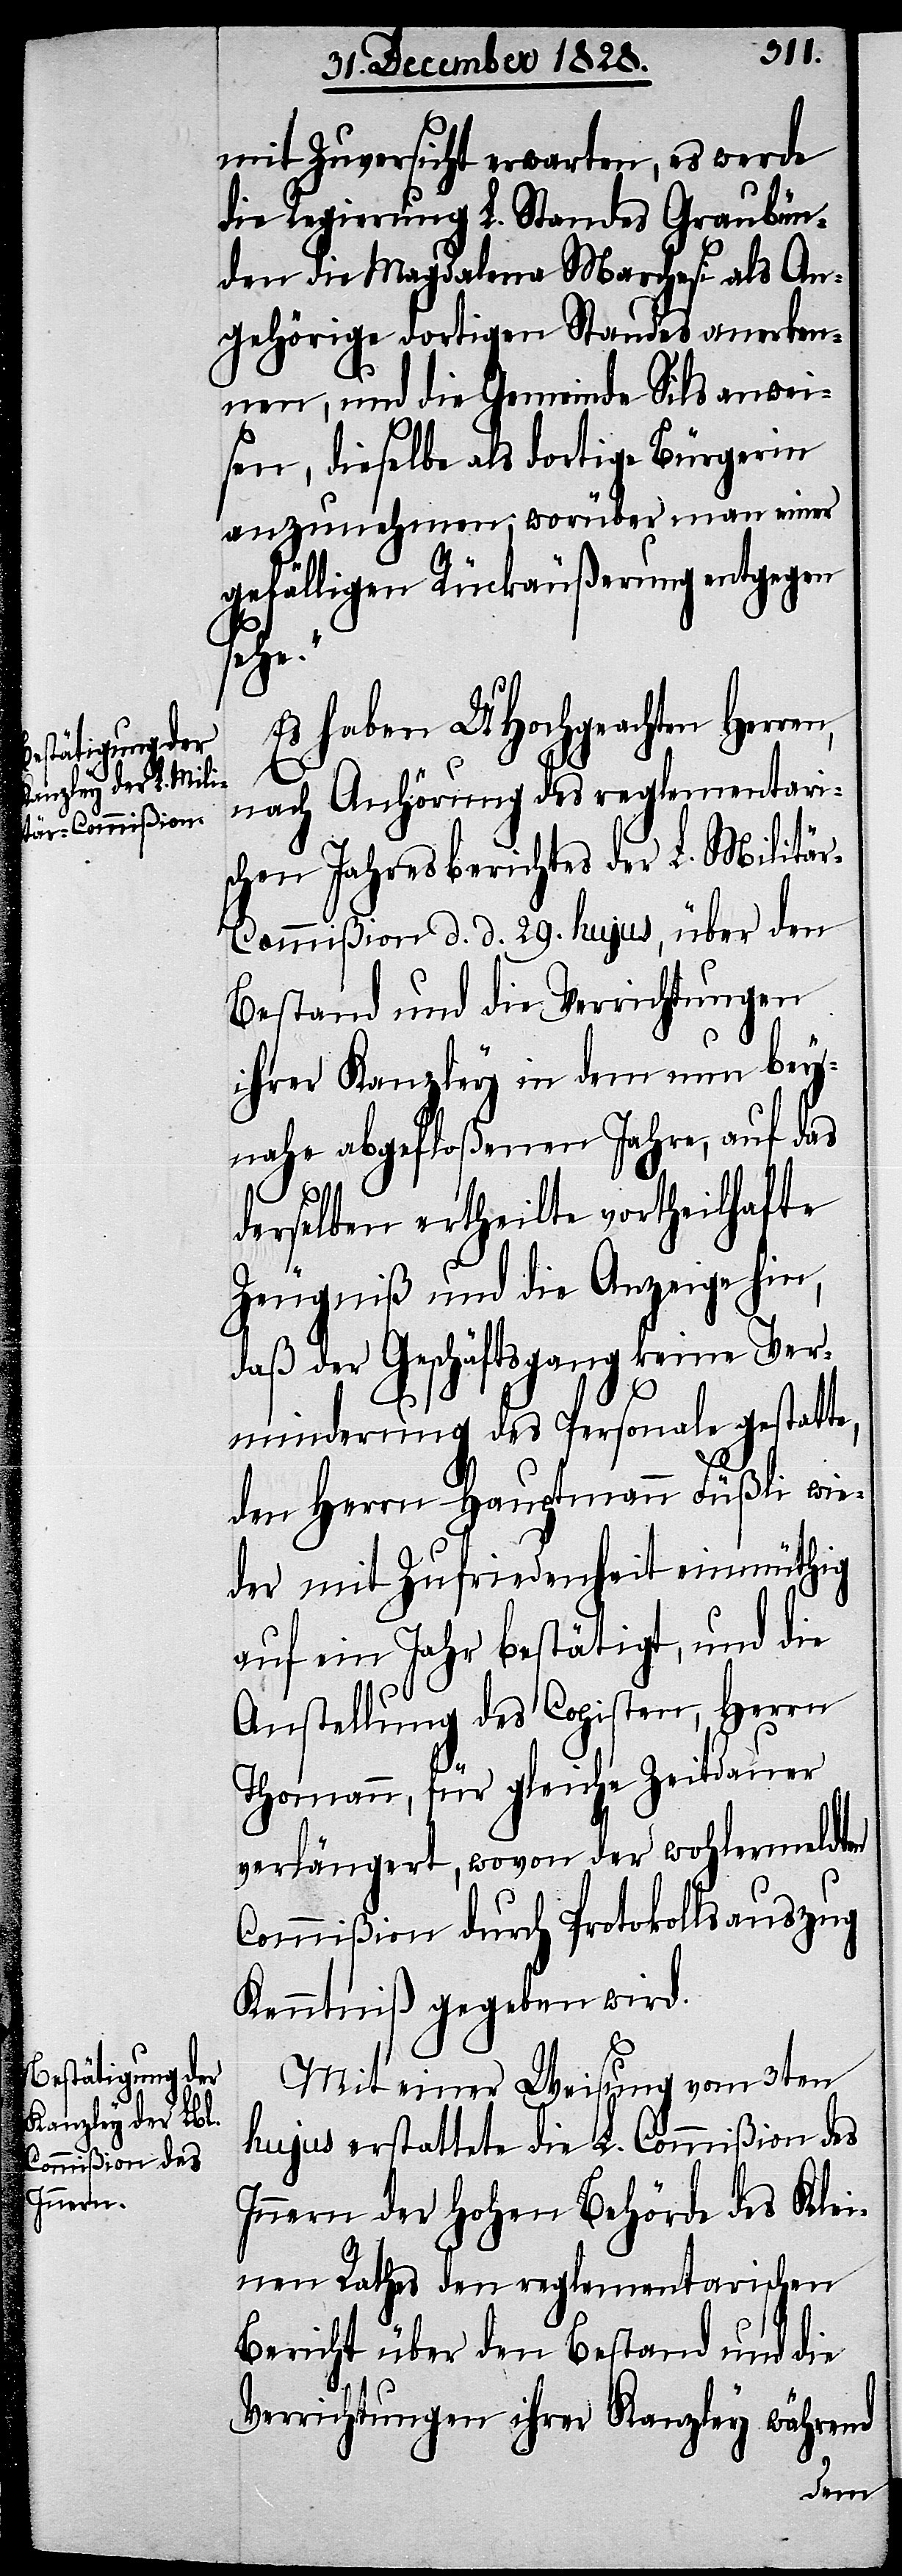
Anstellung der
Behörde des Klei¬
Kanzleypersonale
Commißion des
Innern

mit Zuversicht erwarten, es werde
die Regierung L. Standes Graubün¬
den die Magdalena Marchesi als An¬
gehörige dortigen Standes anerken¬
nen, und die Gemeinde Sils anwei¬
sen, dieselbe als dortige Bürgerin
anzunehmen, worüber man einer
gefälligen Rückäußerung entgegen
beß¬
so haben UHochgeachten Herren
nach Anhörung des reglementari¬
schen Jahresberichtes der L. Militä¬
r-Commißion d. d. 29. hujus, über den
Bestand und Verrichtungen
ihrer Kanzley in dem nun bey¬
nahe abgefloßenen Jahre, auf das
derselben ertheilte vortheilhafte
Zeugniß und die Anzeige hin,
daß der Geschäftsgang keine Ver¬
minderung des Personale gestatte,
den Herrn Hauptmann Füßli wie¬
ter Zufriedenheit einmüthig
für ein Jahr bestätigt, so wie
Anstellung des Copisten, Herrn
Thomann, für gleiche Zeitdauer
verlängert, wovon der wohlermeldten
Commißion durch Protokollsauszug
Kenntniß gegeben wird.
Mit einer Weisung vom 3ten
nen Raths den reglementarischen
Bericht über den Bestand und die
Verrichtungen ihrer Kanzley während
der